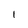
Character: l